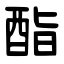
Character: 酯